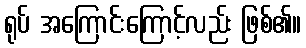
ရုပ် အကြောင်းကြောင့်လည်း ဖြစ်၏။